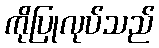
ကိုပြုလုပ်သည်